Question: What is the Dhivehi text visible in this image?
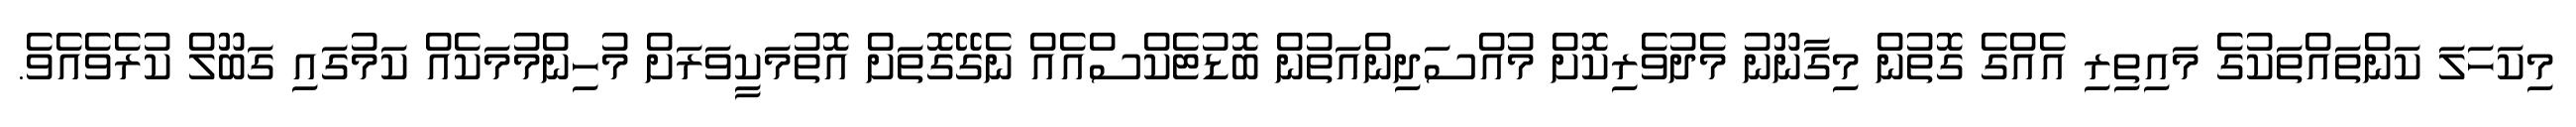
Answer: މިކަހަލަ ކަންތައްތަކުގެ މައިތިރި އެއްގެ ގޮތުން މިގާނޫނު މެދުވެރިކޮށް މުއްސަދިންއަތުން ބޮޑުޓެކްސްއެއް ނެގޭގޮތަށް އޮތުމަކީވަރަށް މުހިންމުމަކެއް ކަމުގައި ގަބޫލް ކުރެވެއެވެ.